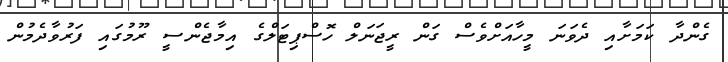
ގެންދާ ކަމަށާއި ދެވަނަ މީހާއަށްވެސް ގަން ރީޖަނަލް ހޮސްޕިޓަލްގެ އިމާޖެންސީ ރޫމުގައި ފަރުވާދެމުން